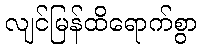
လျင်မြန်ထိရောက်စွာ